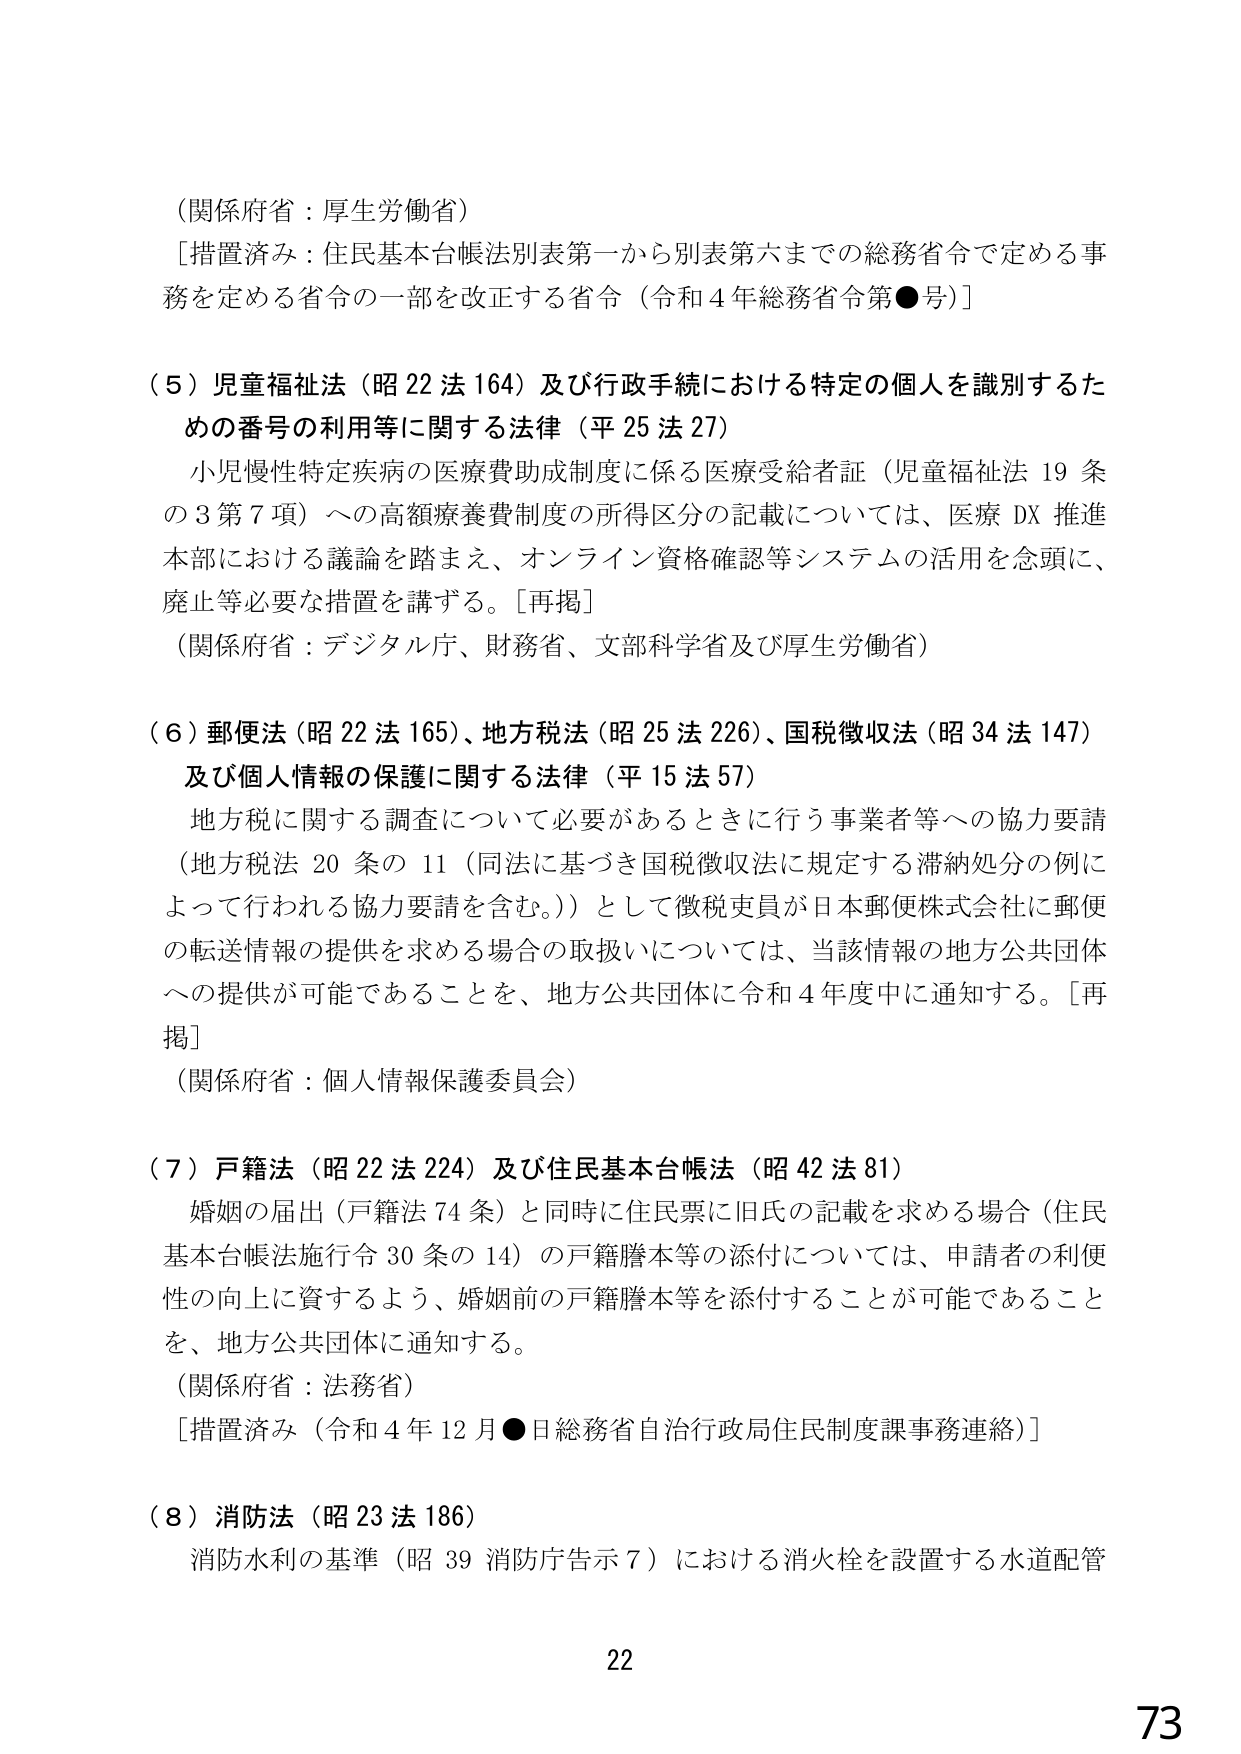
（関係府省：厚生労働省）
［措置済み：住民基本台帳法別表第一から別表第六までの総務省令で定める事務を定める省令の一部を改正する省令（令和４年総務省令第●号）］

（５）児童福祉法（昭22法164）及び行政手続における特定の個人を識別するための番号の利用等に関する法律（平25法27）
　小児慢性特定疾病の医療費助成制度に係る医療受給者証（児童福祉法19条の3第7項）への高額療養費制度の所得区分の記載については、医療DX推進本部における議論を踏まえ、オンライン資格確認等システムの活用を念頭に、廃止等必要な措置を講ずる。［再掲］
（関係府省：デジタル庁、財務省、文部科学省及び厚生労働省）

（６）郵便法（昭22法165）、地方税法（昭25法226）、国税徴収法（昭34法147）及び個人情報の保護に関する法律（平15法57）
　地方税に関する調査について必要があるときに行う事業者等への協力要請（地方税法20条の11（同法に基づき国税徴収法に規定する滞納処分の例によって行われる協力要請を含む。））として徴税吏員が日本郵便株式会社に郵便の転送情報の提供を求める場合の取扱いについては、当該情報の地方公共団体への提供が可能であることを、地方公共団体に令和4年度中に通知する。［再掲］
（関係府省：個人情報保護委員会）

（７）戸籍法（昭22法224）及び住民基本台帳法（昭42法81）
　婚姻の届出（戸籍法74条）と同時に住民票に旧氏の記載を求める場合（住民基本台帳法施行令30条の14）の戸籍謄本等の添付については、申請者の利便性の向上に資するよう、婚姻前の戸籍謄本等を添付することが可能であることを、地方公共団体に通知する。
（関係府省：法務省）
［措置済み（令和4年12月●日総務省自治行政局住民制度課事務連絡）］

（８）消防法（昭23法186）
　消防水利の基準（昭39消防庁告示7）における消火栓を設置する水道配管

22
73